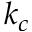
k _ { c }